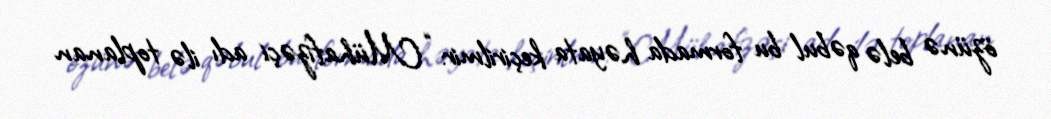
özünə belə qəbul bu formada həyata keçirilmir: “Mühafizəçi adı ilə toplanan